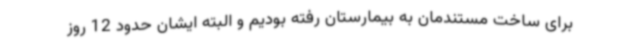
برای ساخت مستندمان به بیمارستان رفته بودیم و البته ایشان حدود 12 روز